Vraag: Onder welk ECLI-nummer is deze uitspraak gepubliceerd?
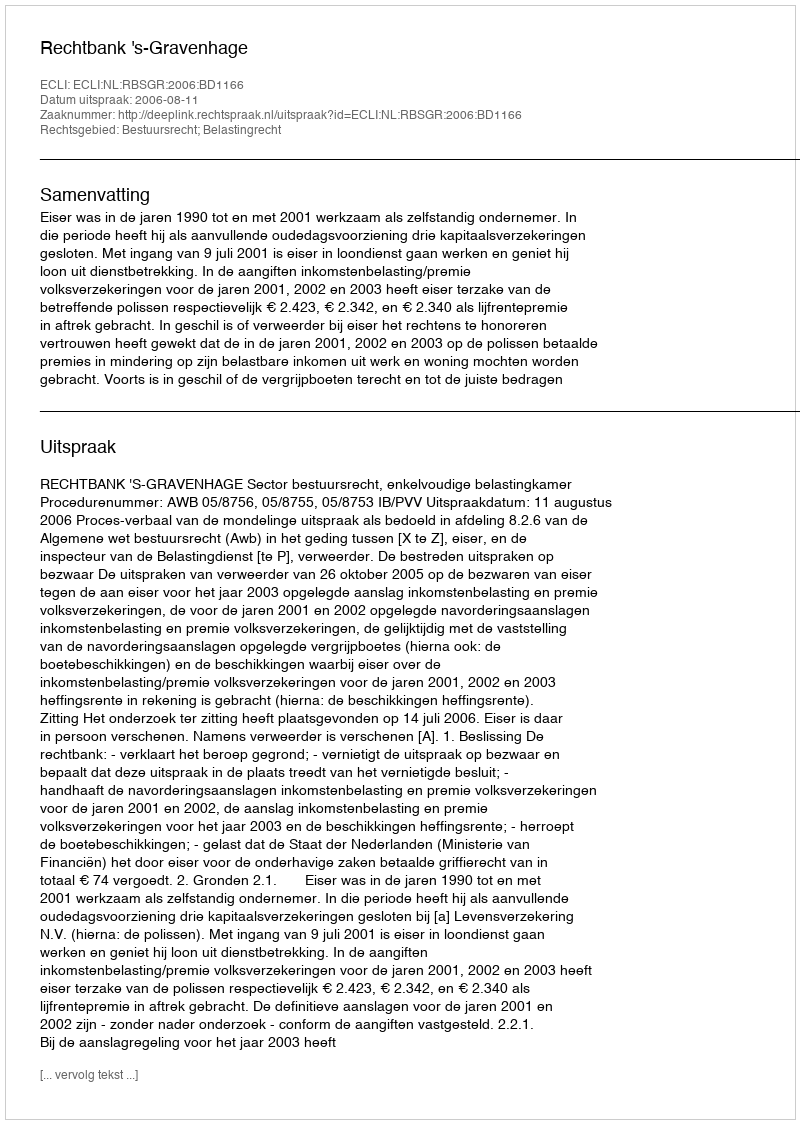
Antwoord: ECLI:NL:RBSGR:2006:BD1166